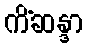
ကိံဆန္ဒာ